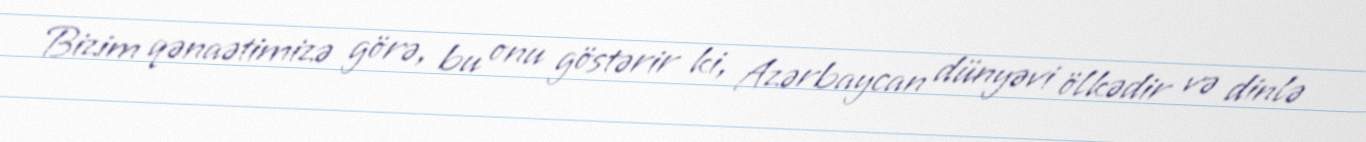
Bizim qənaətimizə görə, bu onu göstərir ki, Azərbaycan dünyəvi ölkədir və dinlə